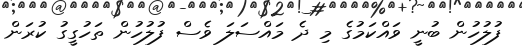
ފުލުހުން ބުނީ ވައްކަމުގެ މި ދެ މައްސަލަ ވެސް ފުލުހުން ތަހުގީގު ކުރަން